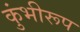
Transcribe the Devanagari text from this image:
कुंभीरूप